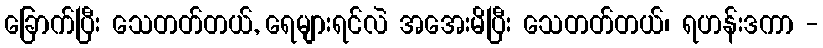
ခြောက်ပြီး သေတတ်တယ်, ရေများရင်လဲ အအေးမိပြီး သေတတ်တယ်၊ ရဟန်းဒကာ -